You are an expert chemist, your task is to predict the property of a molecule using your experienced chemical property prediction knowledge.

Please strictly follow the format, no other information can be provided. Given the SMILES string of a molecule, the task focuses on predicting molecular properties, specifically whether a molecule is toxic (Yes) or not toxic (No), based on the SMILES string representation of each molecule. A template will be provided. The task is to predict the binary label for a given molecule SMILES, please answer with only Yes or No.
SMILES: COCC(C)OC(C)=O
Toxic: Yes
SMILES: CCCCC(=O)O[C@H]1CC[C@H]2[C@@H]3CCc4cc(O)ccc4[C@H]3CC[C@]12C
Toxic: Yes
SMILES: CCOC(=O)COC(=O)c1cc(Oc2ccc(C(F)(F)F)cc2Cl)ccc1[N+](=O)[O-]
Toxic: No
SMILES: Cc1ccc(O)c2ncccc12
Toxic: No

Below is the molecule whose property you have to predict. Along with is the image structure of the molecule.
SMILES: CN1CCC(=C2c3ccccc3CC(=O)c3sccc32)CC1
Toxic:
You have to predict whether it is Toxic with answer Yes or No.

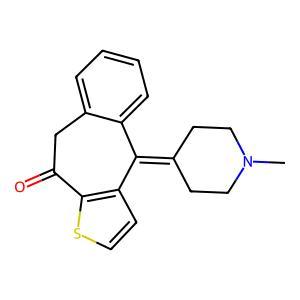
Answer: No